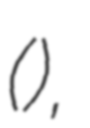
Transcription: (ಒಬ್ಬಟ್ಟು),